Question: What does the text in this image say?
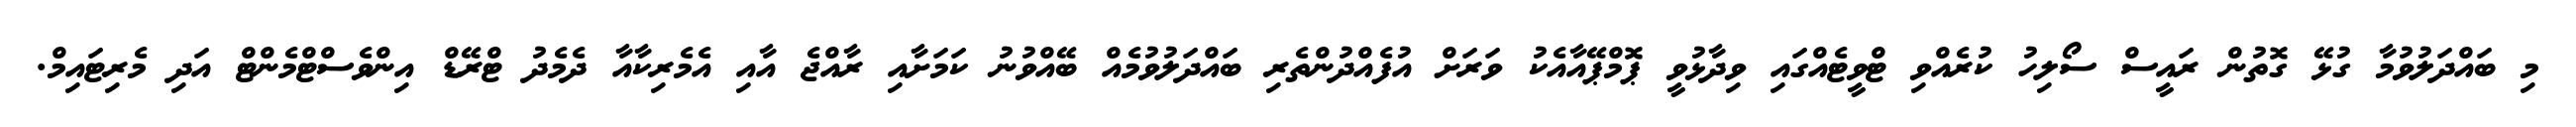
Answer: މި ބައްދަލުވުމާ ގުޅޭ ގޮތުން ރައީސް ސޯލިހު ކުރެއްވި ޓްވީޓެއްގައި ވިދާޅުވީ ޕޮމްޕޭއާއެކު ވަރަށް އުފެއްދުންތެރި ބައްދަލުވުމެއް ބޭއްވުނު ކަމަށާއި ރާއްޖެ އާއި އެމެރިކާއާ ދެމެދު ޓްރޭޑް އިންވެސްޓްމެންޓް އަދި މެރިޓައިމް.